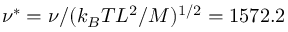
\nu ^ { * } = \nu / ( k _ { B } T L ^ { 2 } / M ) ^ { 1 / 2 } = 1 5 7 2 . 2